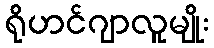
ရိုဟင်ဂျာလူမျိုး